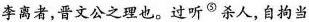
李离者，晋文公之理也。过听^{⑤}杀人，自拘当